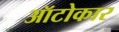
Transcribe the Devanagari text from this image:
ऑटोकार